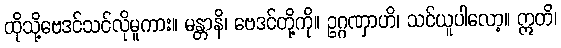
ထိုသို့ဗေဒင်သင်လိုမူကား။ မန္တာနိ၊ ဗေဒင်တို့ကို။ ဥဂ္ဂဏှာဟိ၊ သင်ယူပါလော့။ ဣတိ၊